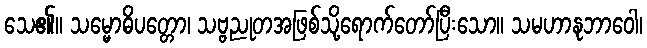
သေ၏။ သမ္မောဓိပတ္တော၊ သဗ္ဗညုတအဖြစ်သို့ရောက်တော်ပြီးသော။ သမဟာနုဘာဝေါ၊